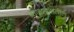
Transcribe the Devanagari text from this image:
बाळापुरातील